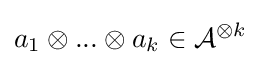
a_{1}\otimes ...\otimes a_{k}\in {\mathcal {A}}^{\otimes k}